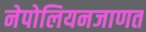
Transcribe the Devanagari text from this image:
नेपोलियनजाणत